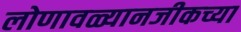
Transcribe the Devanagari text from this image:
लोणावळ्यानजीकच्या